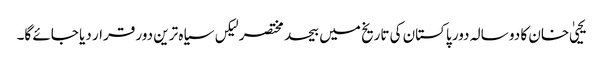
یحییٰ خان کا دو سالہ دور پاکستان کی تاریخ میں بیحد مختصر لیکں سیاہ ترین دور قرار دیا جائے گا۔